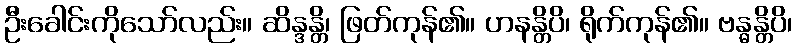
ဦးခေါင်းကိုသော်လည်း။ ဆိန္ဒန္တိ၊ ဖြတ်ကုန်၏။ ဟနန္တိပိ၊ ရိုက်ကုန်၏။ ဗန္ဓန္တိပိ၊